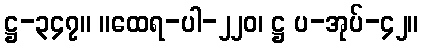
ဋ္ဌ-၃၄၇။ ။ထေရ-ပါ-၂၂၀၊ ဋ္ဌ ပ-အုပ်-၄၂။